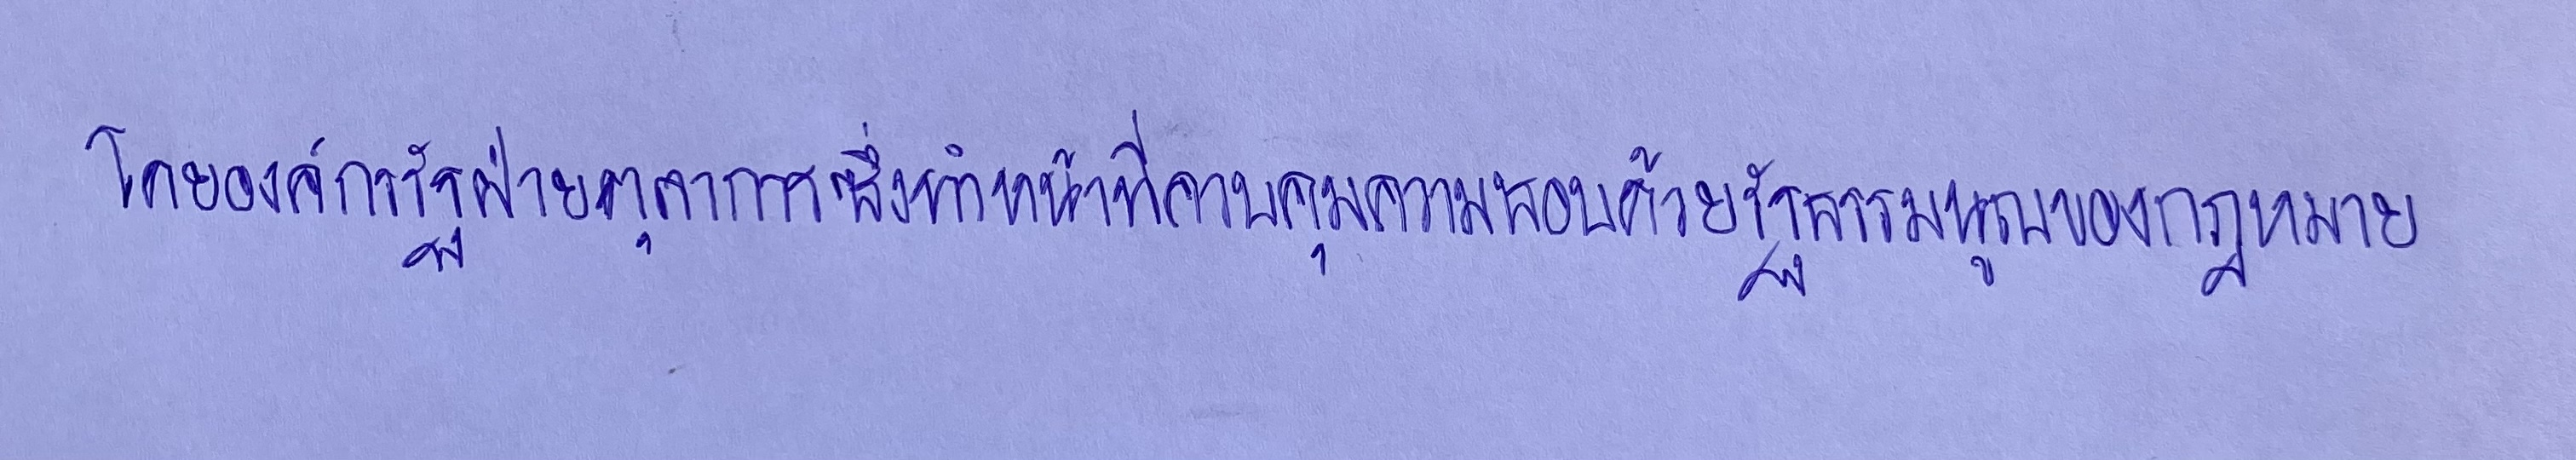
โดยองค์กรรัฐฝ่ายตุลาการซึ่งทำหน้าที่ควบคุมความชอบด้วยรัฐธรรมนูญของกฎหมาย